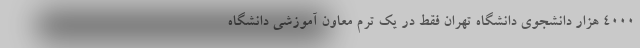
۴۰۰۰ هزار دانشجوی دانشگاه تهران فقط در یک ترم معاون آموزشی دانشگاه